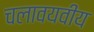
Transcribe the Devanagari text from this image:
चलावयवीय